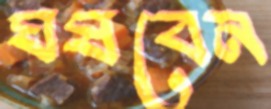
ঘষবেন